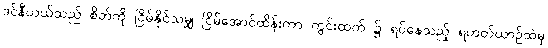
ဒင်နီယယ်သည် စိတ်ကို ငြိမ်နိုင်သမျှ ငြိမ်အောင်ထိန်းကာ ကွင်းထက် ၌ ရပ်နေသည့် ရဟတ်ယာဉ်ထဲမှ